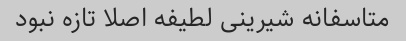
متاسفانه شیرینی لطیفه اصلا تازه نبود